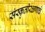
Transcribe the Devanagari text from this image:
संस्कृतीरक्षणाचे